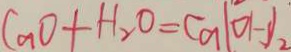
C a O + H _ { 2 } O = C a ( O H ) _ { 2 }